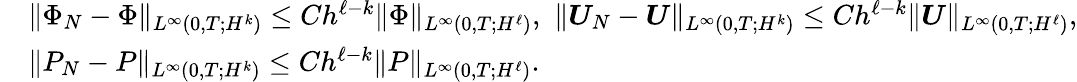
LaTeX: \begin{array}{rl}&{\| \Phi_{N}-\Phi\| _{L^{\infty}(0,T;H^{k})}\leq Ch^{\ell-k}\| \Phi\| _{L^{\infty}(0,T;H^{\ell})},\, \, \| \boldsymbol{U}_{N}-\boldsymbol{U}\| _{L^{\infty}(0,T;H^{k})}\le Ch^{\ell-k}\| \boldsymbol{U}\| _{L^{\infty}(0,T;H^{\ell})},}\\ &{\| P_{N}-P\| _{L^{\infty}(0,T;H^{k})}\le Ch^{\ell-k}\| P\| _{L^{\infty}(0,T;H^{\ell})}.}\end{array}